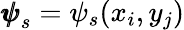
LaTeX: {\pmb{\psi}}_{s}=\psi_{s}(x_{i},y_{j})